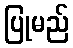
ပြုမည်